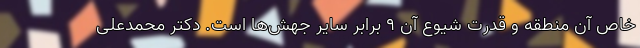
خاص آن منطقه و قدرت شیوع آن ۹ برابر سایر جهش‌ها است. دکتر محمدعلی